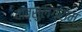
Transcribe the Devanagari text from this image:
वात्सुलग्राम